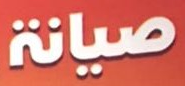
صيانة